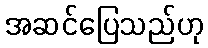
အဆင်ပြေသည်ဟု